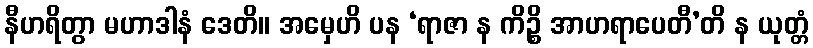
နီဟရိတွာ မဟာဒါနံ ဒေတိ။ အမှေဟိ ပန ‘ရာဇာ န ကိဉ္စိ အာဟရာပေတီ’တိ န ယုတ္တံ